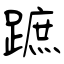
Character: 蹠